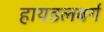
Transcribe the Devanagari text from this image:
हायडलबर्ग